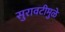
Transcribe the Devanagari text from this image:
सुरावटीमुळे